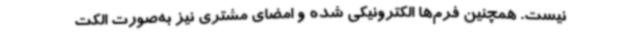
نیست. همچنین فرم‌ها الکترونیکی شده و امضای مشتری نیز به‌صورت الکت